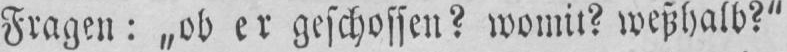
Fragen: „ob cr gcschossen? womii? wchhalb?“